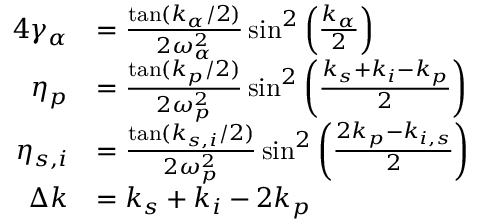
\begin{array} { r l } { { 4 } \gamma _ { \alpha } } & { = \frac { \tan ( k _ { \alpha } / 2 ) } { 2 \omega _ { \alpha } ^ { 2 } } \sin ^ { 2 } \left( \frac { k _ { \alpha } } { 2 } \right) } \\ { \eta _ { p } } & { = \frac { \tan ( k _ { p } / 2 ) } { 2 \omega _ { p } ^ { 2 } } \sin ^ { 2 } \left( \frac { k _ { s } + k _ { i } - k _ { p } } { 2 } \right) } \\ { \eta _ { s , i } } & { = \frac { \tan ( k _ { s , i } / 2 ) } { 2 \omega _ { p } ^ { 2 } } \sin ^ { 2 } \left( \frac { 2 k _ { p } - k _ { i , s } } { 2 } \right) } \\ { \Delta k } & { = k _ { s } + k _ { i } - 2 k _ { p } } \end{array}